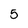
Character: 5